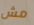
مش